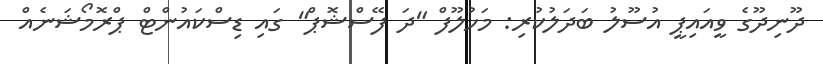
ދޫނިދޫގެ ވީއައިޕީ އުސޫލު ބަދަލުކުރި: މަހުލޫފް "ދަ ފޭސްޝޮޕް" ގައި ޑިސްކައުންޓް ޕްރޮމޯޝަނެއް